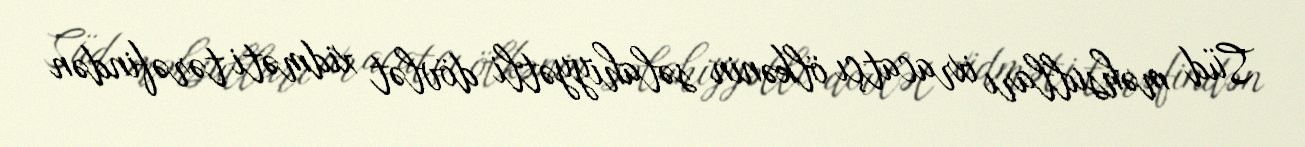
Süd məhsulları ixracatçı ölkənin səlahiyyətli dövlət xidməti tərəfindən